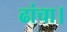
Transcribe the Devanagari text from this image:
ढांचा।